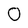
Character: 0